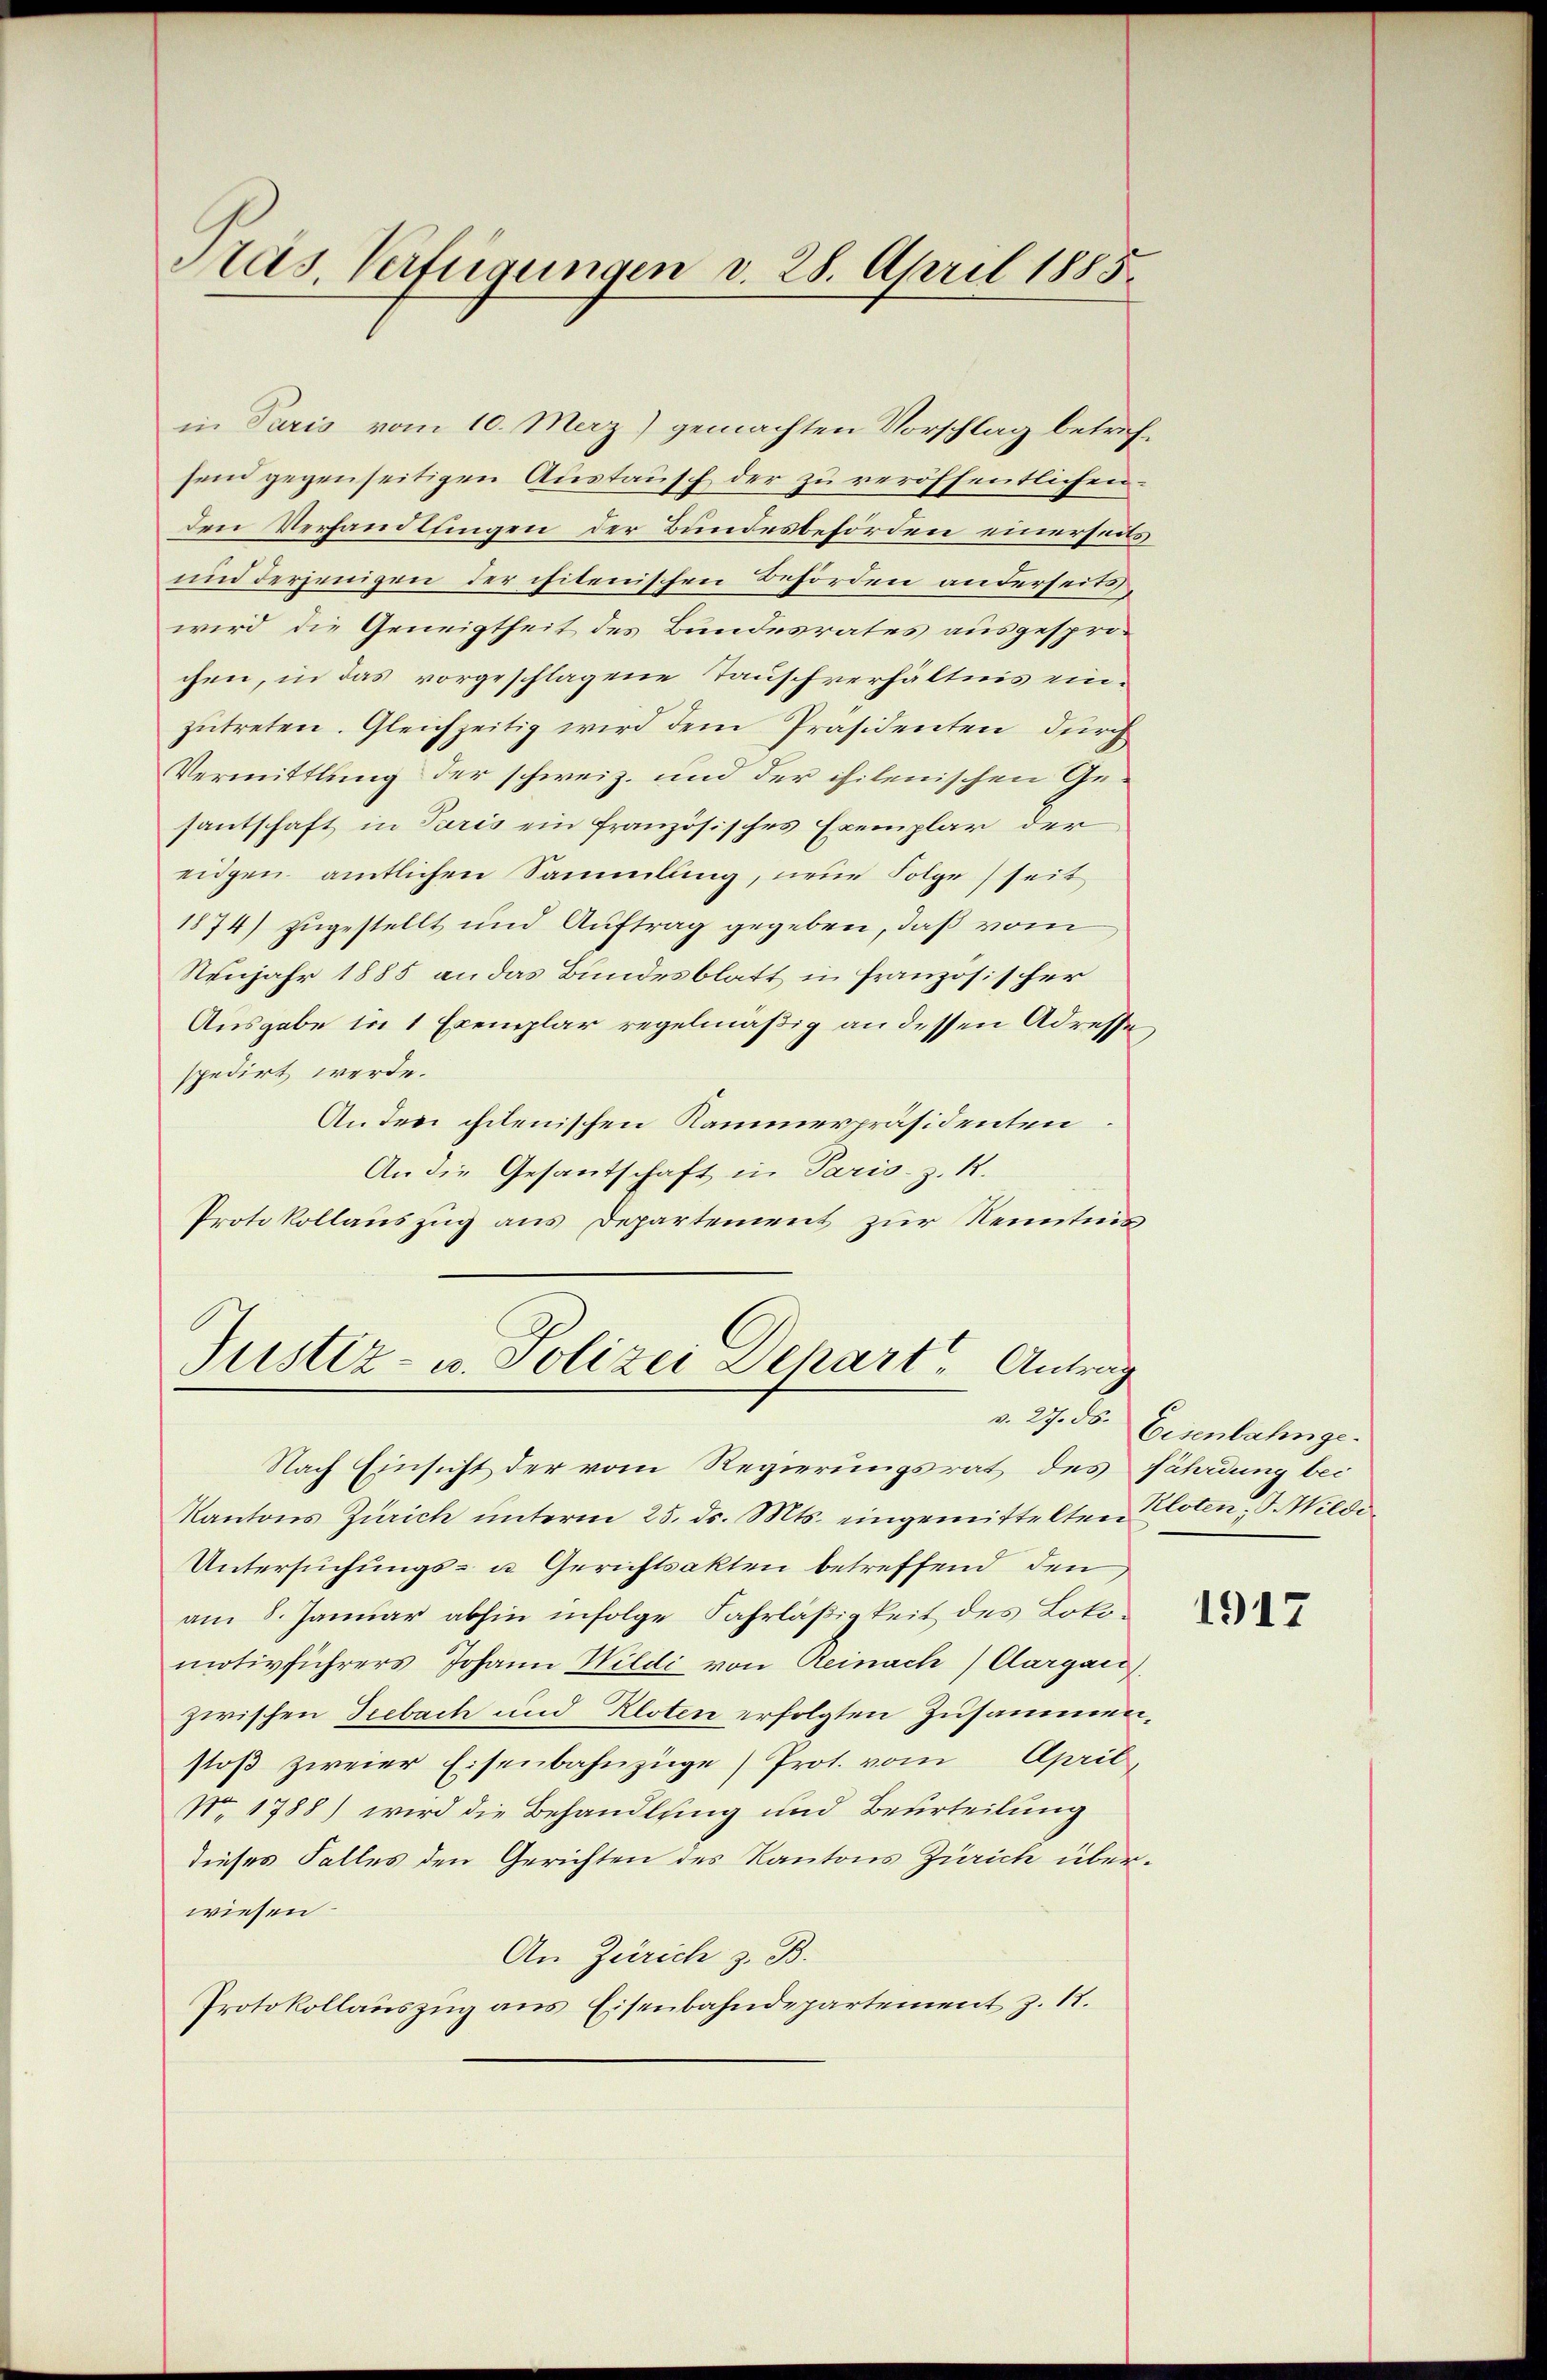
Pras Verfügungen v. 28. April 1885.

in Paris vom 10. Maz) gemachten Vorschlag betrifsein gegenseitigen Austausch der zu veröffentlichen
den Verhandlungen der Bundesbehörden einerseits
und derjenigen der chitenischen Behörden anderseits
wird, die Geneigtheit des Bundesrates ausgesprochen, in das vorgeschlagene Tauschverhältnis einzŭtreten. Gleichzeitig wird dem Präsidenten durch
Vermittlung der schweiz. und der chilenischen Gesantschaft in Paris ein französisches Exemplar der
eigen amtlichen Sammlung, neue Folge seit
1874) zugestellt und Auftrag gegeben, daß vom
Neujahr 1885 an das Bundesblatt in französischer
Ausgabe in 1 Exemplar regelmäßig an dessen Adresse,
spedirt werde.
An den chilenischen Kammerpräsidenten
An die Gesantschaft in Paris. z. B.
Protokollauszug aus Departement zur Kenntnis¬

Justiz- u. Polizei Dehart, Antrag
a 2. S.

Nach Einsicht der vom Regierungsrat des fährdung bei
Kantons Zürich unterm 25. ds. Mts. eingemittelten Kloten, V. Wilde
Untersuchungs- u. Gerichtsakten betreffend den
am 8. Januar abhin infolge Fahrläßigkeit des Lokomotivführers Johann Wildi von Reinach Aargau,
zwischen Seebach und Kloten erfolgten Zusammenstoß zweier Eisenbahnzüge) Prot. vom April,
No. 1788) wird die Behandlung und Beurteilung
dieses Falles den Gerichten des Kantons Zürich überwiesen.
An Zürich z. B.
Protokollauszug aus Eisenbahndepartement z. 18.

Eisenbahnge¬

1917